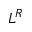
L ^ { R }